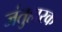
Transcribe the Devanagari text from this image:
जंतुहारक